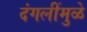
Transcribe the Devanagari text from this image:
दंगलींमुळे